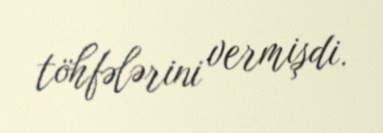
töhfələrini vermişdi.